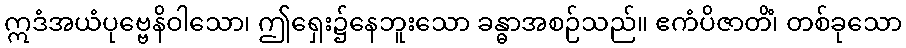
ဣဒံအယံပုဗ္ဗေနိဝါသော၊ ဤရှေး၌နေဘူးသော ခန္ဓာအစဉ်သည်။ ဧကံပိဇာတိံ၊ တစ်ခုသော